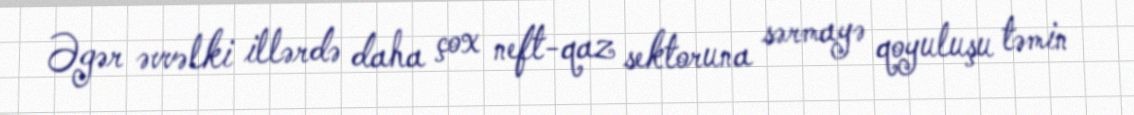
Əgər əvvəlki illərdə daha çox neft-qaz sektoruna sərmayə qoyuluşu təmin